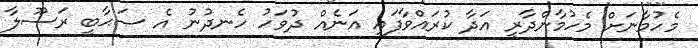
މެހުމާނަށް މެހުމާންދާރީ އަދާ ކުރައްވާފައި އަނެއް ދުވަހު ހެނދުނު އެ ޞަޙާބީ ރަސޫލާ